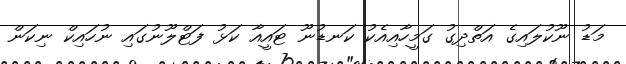
މަޑު ނޫކުލައިގެ އަތްދިގު ގަމީހާއިއެކު ކަނޑުނޫ ޓައީއާ ކަޅު ފަޓްލޫނުގައި ނުހައިކް ނިކަން